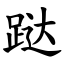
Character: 跶